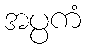
အပ္ပကံ